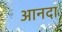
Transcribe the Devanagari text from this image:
आनदा